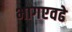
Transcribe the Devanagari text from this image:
भागएवढे